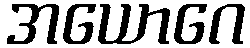
အယောဂေ